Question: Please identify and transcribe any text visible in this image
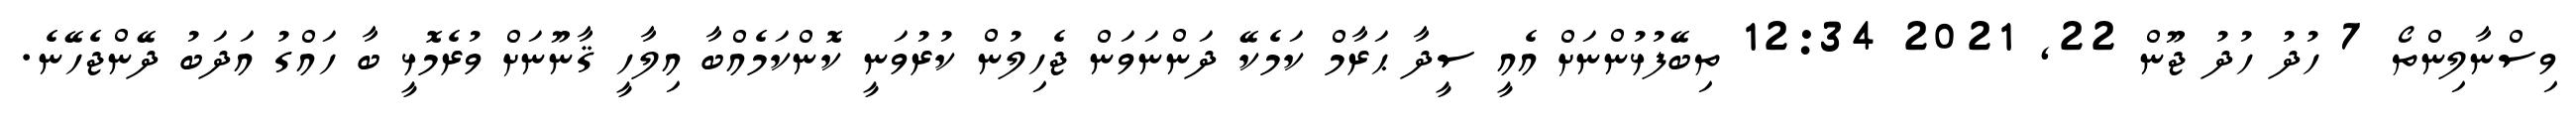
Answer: ވިސްނާލިންތޯ 7 ހުދު ހުދު ޖޫން 22, 2021 12:34 ތިބޭފުޅުންނަށް އެއީ ސީދާ ޙަރާމް ކަމެކޭ ދަންނަވަން ޖެހިލުން ކުރުވަނީ ކޮންކަމެއްބާ އިލާހީ ޤާނޫނަށް ވުރެމޮޅީ ބާ ހައްގު އަދަބު ދޭންޖެހޭނެ.